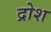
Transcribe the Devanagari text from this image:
द्रोश